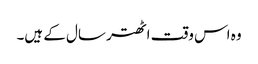
وہ اس وقت اٹھتر سال کے ہیں۔